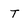
Character: T